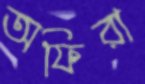
অফিরা